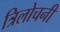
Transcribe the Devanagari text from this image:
त्रिलोचनी